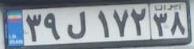
۳۹ل۱۷۲۳۸